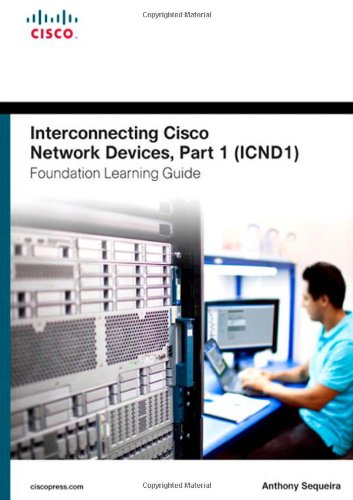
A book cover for Interconnecting Cisco Network Devices, Part 1 (ICND1) Foundation Learning Guide (4th Edition) (Foundation Learning Guides); Anthony Sequeira; Computers & Technology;